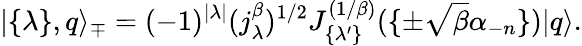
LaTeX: |\{ \lambda\} ,q\rangle_{\mp}=(-1)^{|\lambda|}(j_{\lambda}^{\beta})^{1/2}J_{\{ \lambda^{\prime}\} }^{(1/\beta)}(\{ \pm\sqrt{\beta}\alpha_{-n}\} )|q\rangle.